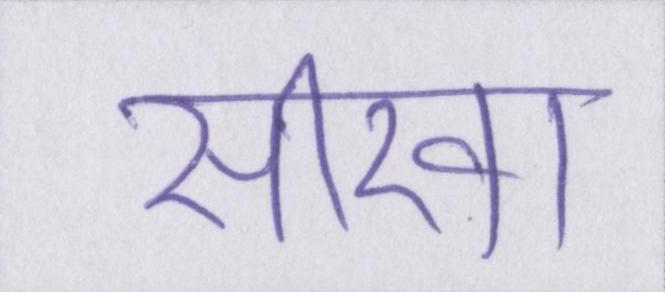
सीखा